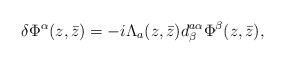
\begin{align*}\delta\Phi^\alpha(z,\bar z) = -i\Lambda_a(z,\bar z) d^{a\alpha}_\beta \Phi^\beta(z,\bar z),\end{align*}